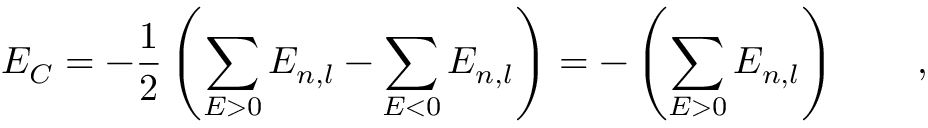
E _ { C } = - \frac { 1 } { 2 } \left( \sum _ { E > 0 } E _ { n , l } - \sum _ { E < 0 } E _ { n , l } \right) = - \left( \sum _ { E > 0 } E _ { n , l } \right) \qquad ,